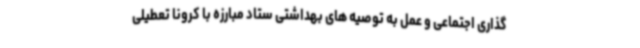
گذاری اجتماعی و عمل به توصیه های بهداشتی ستاد مبارزه با کرونا تعطیلی